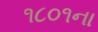
૧૮૦૧ના